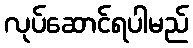
လုပ်ဆောင်ရပါမည်